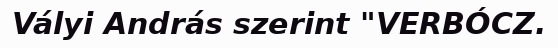
Vályi András szerint "VERBÓCZ.